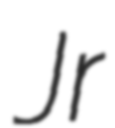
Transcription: Jr